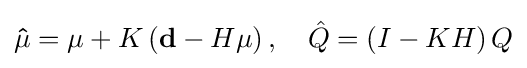
\mathbf {\hat {\mu }} =\mathbf {\mu } +K\left(\mathbf {d} -H\mathbf {\mu } \right),\quad {\hat {Q}}=\left(I-KH\right)Q